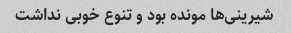
شیرینی‌ها مونده بود و تنوع خوبی نداشت